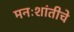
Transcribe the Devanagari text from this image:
मनःशांतीचे